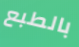
بالطبع